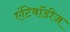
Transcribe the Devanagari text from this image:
एंटिबॉडीज